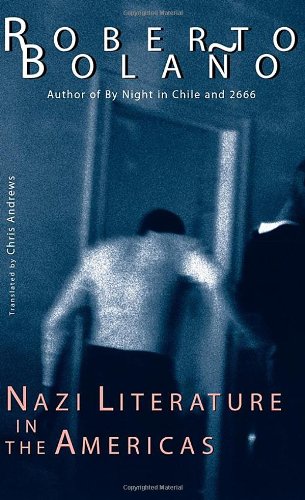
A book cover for Nazi Literature in the Americas (New Directions Paperbook); Roberto BolaÃ±o; Literature & Fiction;